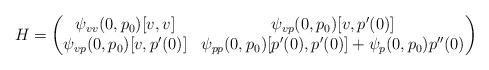
\begin{align*} H = \begin{pmatrix}\psi_{vv}(0, p_0)[v,v] & \psi_{vp}(0,p_0)[v, p'(0)]\\\psi_{vp}(0,p_0)[v, p'(0)] & \psi_{pp}(0,p_0)[p'(0), p'(0)] + \psi_p(0,p_0)p''(0)\end{pmatrix}\end{align*}